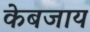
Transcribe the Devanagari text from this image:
केबजाय